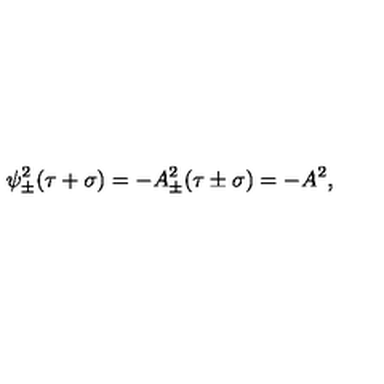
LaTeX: \psi _ { \pm } ^ { 2 } ( \tau + \sigma ) = - A _ { \pm } ^ { 2 } ( \tau \pm \sigma ) = - A ^ { 2 } ,